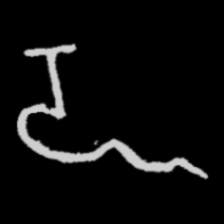
Pyu character \u2014 Myanmar letter: ဍ (romanized: dda)